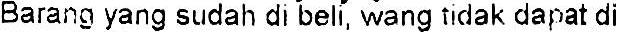
BARANG YANG SUDAH DI BELI, WANG TIDAK DAPAT DI